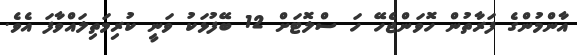
އާންމުންގެ ފަރާތުން ހޮވަންޖެހޭ ހަ ސްލޮޓަށް 12 ބޭފުޅަކު ވަނީ ކުރިމަތިލައްވާފަ އެވެ.